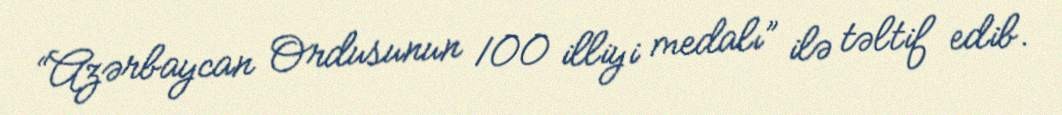
“Azərbaycan Ordusunun 100 illiyi medalı” ilə təltif edib.